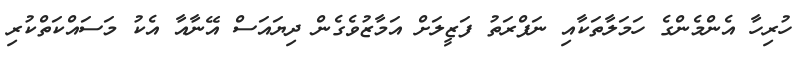
ހުރިހާ އެންމެންގެ ހަމަލާތަކާއި ނަފްރަތު ފަޒީލަށް އަމާޒުވެގެން ދިޔައަސް އޭނާއާ އެކު މަސައްކަތްކުރި